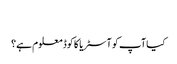
‬
‫کیا آپ کو آسٹریا کا کوڈ معلوم ہے؟